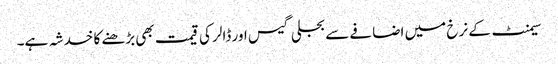
سیمنٹ کے نرخ میں اضافے سے بجلی گیس اور ڈالر کی قیمت بھی بڑھنے کا خدشہ ہے۔